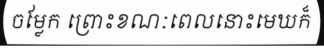
ចម្លែក ព្រោះខណៈពេលនោះមេឃក៏